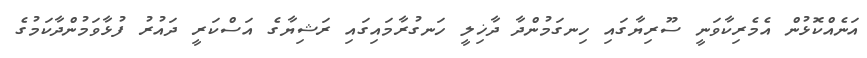
އަނެއްކޮޅުން އެމެރިކާވަނީ ސޫރިޔާގައި ހިނގަމުންދާ ދާޚިލީ ހަނގުރާމައިގައި ރަޝިޔާގެ އަސްކަރީ ދައުރު ފުޅާވަމުންދާކަމުގެ